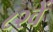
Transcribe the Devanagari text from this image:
८२वें